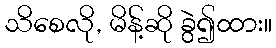
သိစေလို, မိန့်ဆို ခွဲ၍ထား။